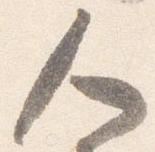
人